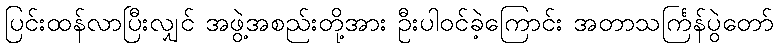
ပြင်းထန်လာပြီးလျှင် အဖွဲ့အစည်းတို့အား ဦးပါဝင်ခဲ့ကြောင်း အတာသင်္ကြန်ပွဲတော်